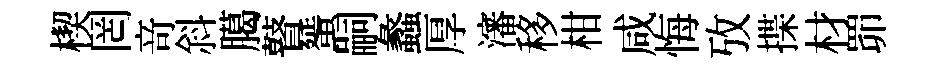
楔罔竒斜臈瞽蜑嗣蠡厚瀋移柑咸悔攷揲材𦊑